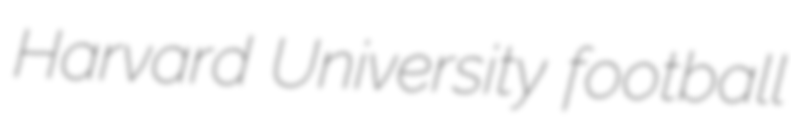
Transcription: Harvard University football